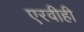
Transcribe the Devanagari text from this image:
एरवीही